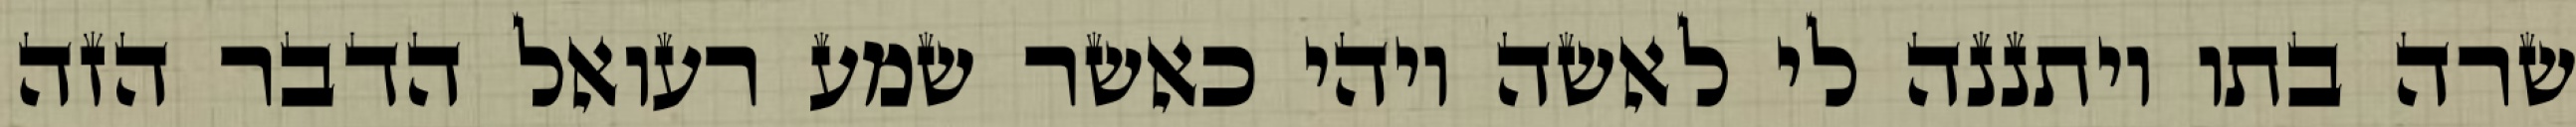
שרה בתו ויתננה לי לאשה ויהי כאשר שמע רעואל הדבר הזה